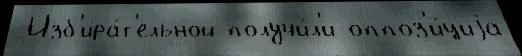
 Изб'ира́т'ельной получи́л'и оппоз'и́циjа